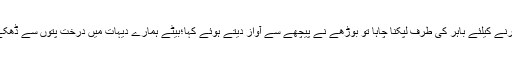
اور ہوا بھی ایسے ہی،اگلے اسٹیشن پر لڑکے نے جب گاڑی سے اترنے کیلئے باہر کی طرف لپکنا چاہا تو بوڑھے نے پیچھے سے آواز دیتے ہوئے کہا؛بیٹے ہمارے دیہات میں درخت پتوں سے ڈھکے رہیں تو ٹھیک،ورنہ آگر کسی درخت سے پتے گر یا جھڑ جائیں۔